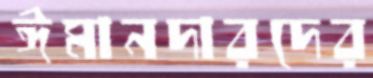
ঈমানদারদের